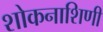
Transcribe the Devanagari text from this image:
शोकनाशिणी